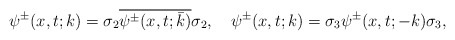
\begin{align*}&\psi^{\pm}(x,t;k) =\sigma_2 \overline{\psi^{\pm}(x,t;\bar {k} )} \sigma_2,\ \ \ \psi^{\pm}(x,t;k) =\sigma_3 \psi^{\pm}(x,t;-k) \sigma_3,\end{align*}